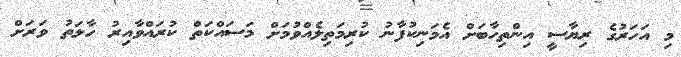
މި އަހަރުގެ ރިޔާސީ އިންތިހާބަށް އެމަނިކުފާނު ކުރިމަތިލެއްވުމަށް މަސައްކަތް ކުރައްވާއިރު ހާލަތު ވަރަށް